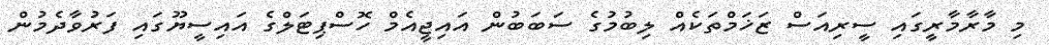
މި މާރާމާރީގައި ސީރިއަސް ޒަޚަމްތަކެއް ލިބުމުގެ ސަބަބުން އައިޖީއެމް ހޮސްޕިޓަލްގެ އައިސީޔޫގައި ފަރުވާދެމުން